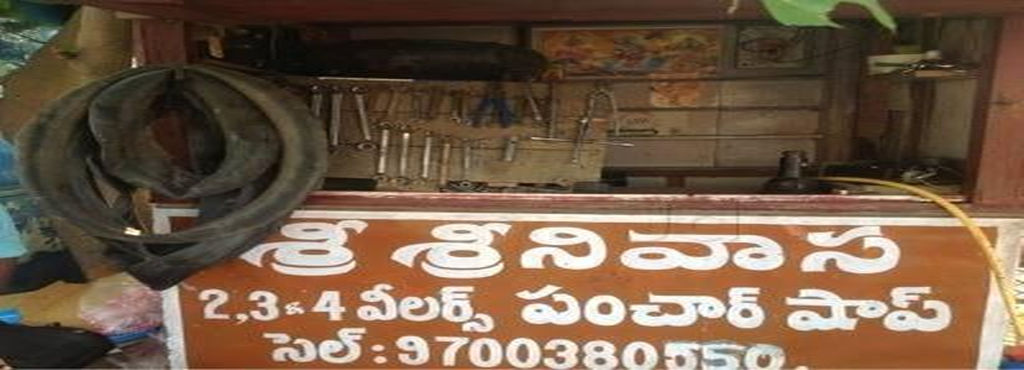
Language: telugu
Transcription: శ్రినివాస శ్రీ షాప్ వీలర్స్ పంచార్